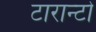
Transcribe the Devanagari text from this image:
टारान्टो